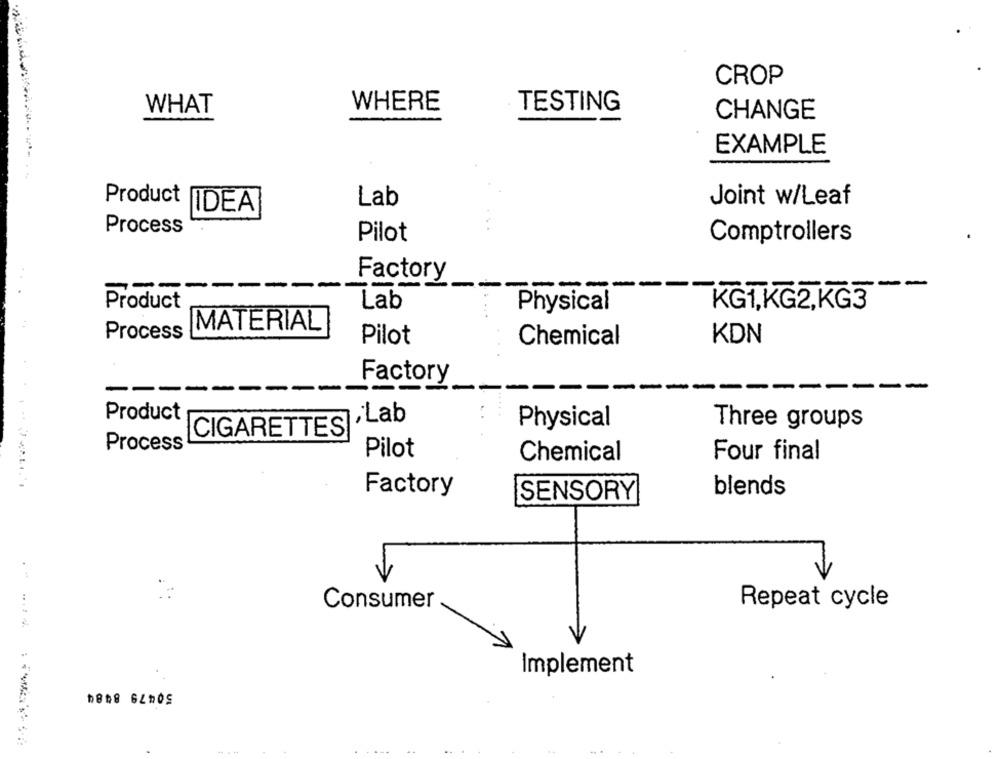
CROP
TESTING
WHAT
WHERE
CHANGE
EXAMPLE
Product
Lab
Joint w/Leaf
IDEA
Process
Pilot
Comptrollers
------
Factory
-
Product
Lab
Physical
KG1,KG2,KG3
MATERIAL
Process
Pilot
KDN
Chemical
Factory
-
--------
---
Product
,Lab
Physical
Three groups
CIGARETTES
Process
Pilot
Chemical
Four final
Factory
blends
SENSORY
Consumer
Repeat cycle
Implement
D808 62DOS